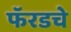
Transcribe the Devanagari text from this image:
फॅरडचे